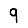
Digit: 9